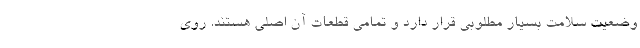
وضعیت سلامت بسیار مطلوبی قرار دارد و تمامی قطعات آن اصلی هستند. روی